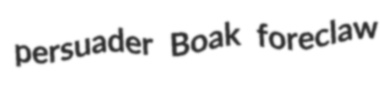
persuader Boak foreclaw